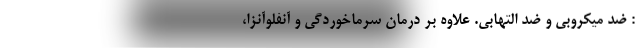
: ضد میکروبی و ضد التهابی. علاوه بر درمان سرماخوردگی و آنفلوآنزا،